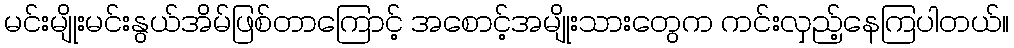
မင်းမျိုးမင်းနွယ်အိမ်ဖြစ်တာကြောင့် အစောင့်အမျိုးသားတွေက ကင်းလှည့်နေကြပါတယ်။